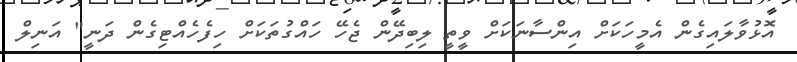
އޮޅުވާލައިގެން އެމީހަކަށް އިންސާނަކަށް ވީތީ ލިބިދޭން ޖެހޭ ހައްގުތަކަށް ހިފެހެއްޓިގެން ދަނީ" އަނިލް